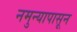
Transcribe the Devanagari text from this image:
नमुन्यापासून